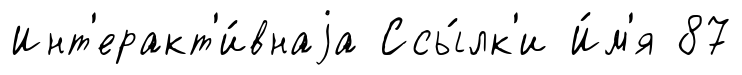
Инт'еракт'и́внаjа Ссы́лк'и И́м'я 87